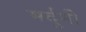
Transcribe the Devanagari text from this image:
मर्दुमी